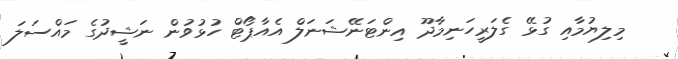
މިލިޔުމާއި ގުޅޭ ގެލަރީހަނިމާދޫ އިންޓަނޭޝަނަލް އެއާޕޯޓް ހުޅުވުން ނަޝީދުގެ މައްސަލަ